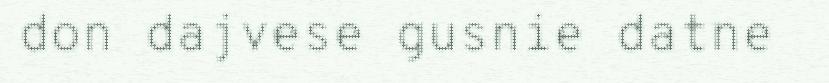
don dajvese gusnie datne